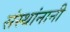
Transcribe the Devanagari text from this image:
संस्थांनानी